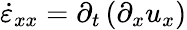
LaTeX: \dot{\varepsilon}_{xx}=\partial_{t}\left(\partial_{x}u_{x}\right)